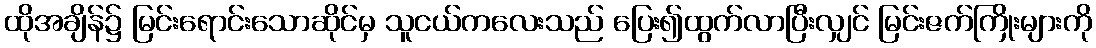
ထိုအချိန်၌ မြင်းရောင်းသောဆိုင်မှ သူငယ်ကလေးသည် ပြေး၍ထွက်လာပြီးလျှင် မြင်းဇက်ကြိုးများကို